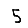
Digit: 5